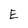
Character: E